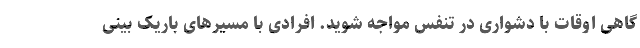
گاهی اوقات با دشواری در تنفس مواجه شوید. افرادی با مسیرهای باریک بینی